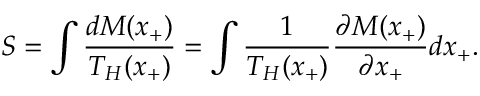
S = \int \frac { d M ( x _ { + } ) } { T _ { H } ( x _ { + } ) } = \int \frac { 1 } { T _ { H } ( x _ { + } ) } \frac { \partial M ( x _ { + } ) } { \partial x _ { + } } d x _ { + } .